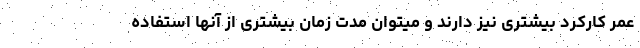
عمر کارکرد بیشتری نیز دارند و میتوان مدت زمان بیشتری از آنها استفاده